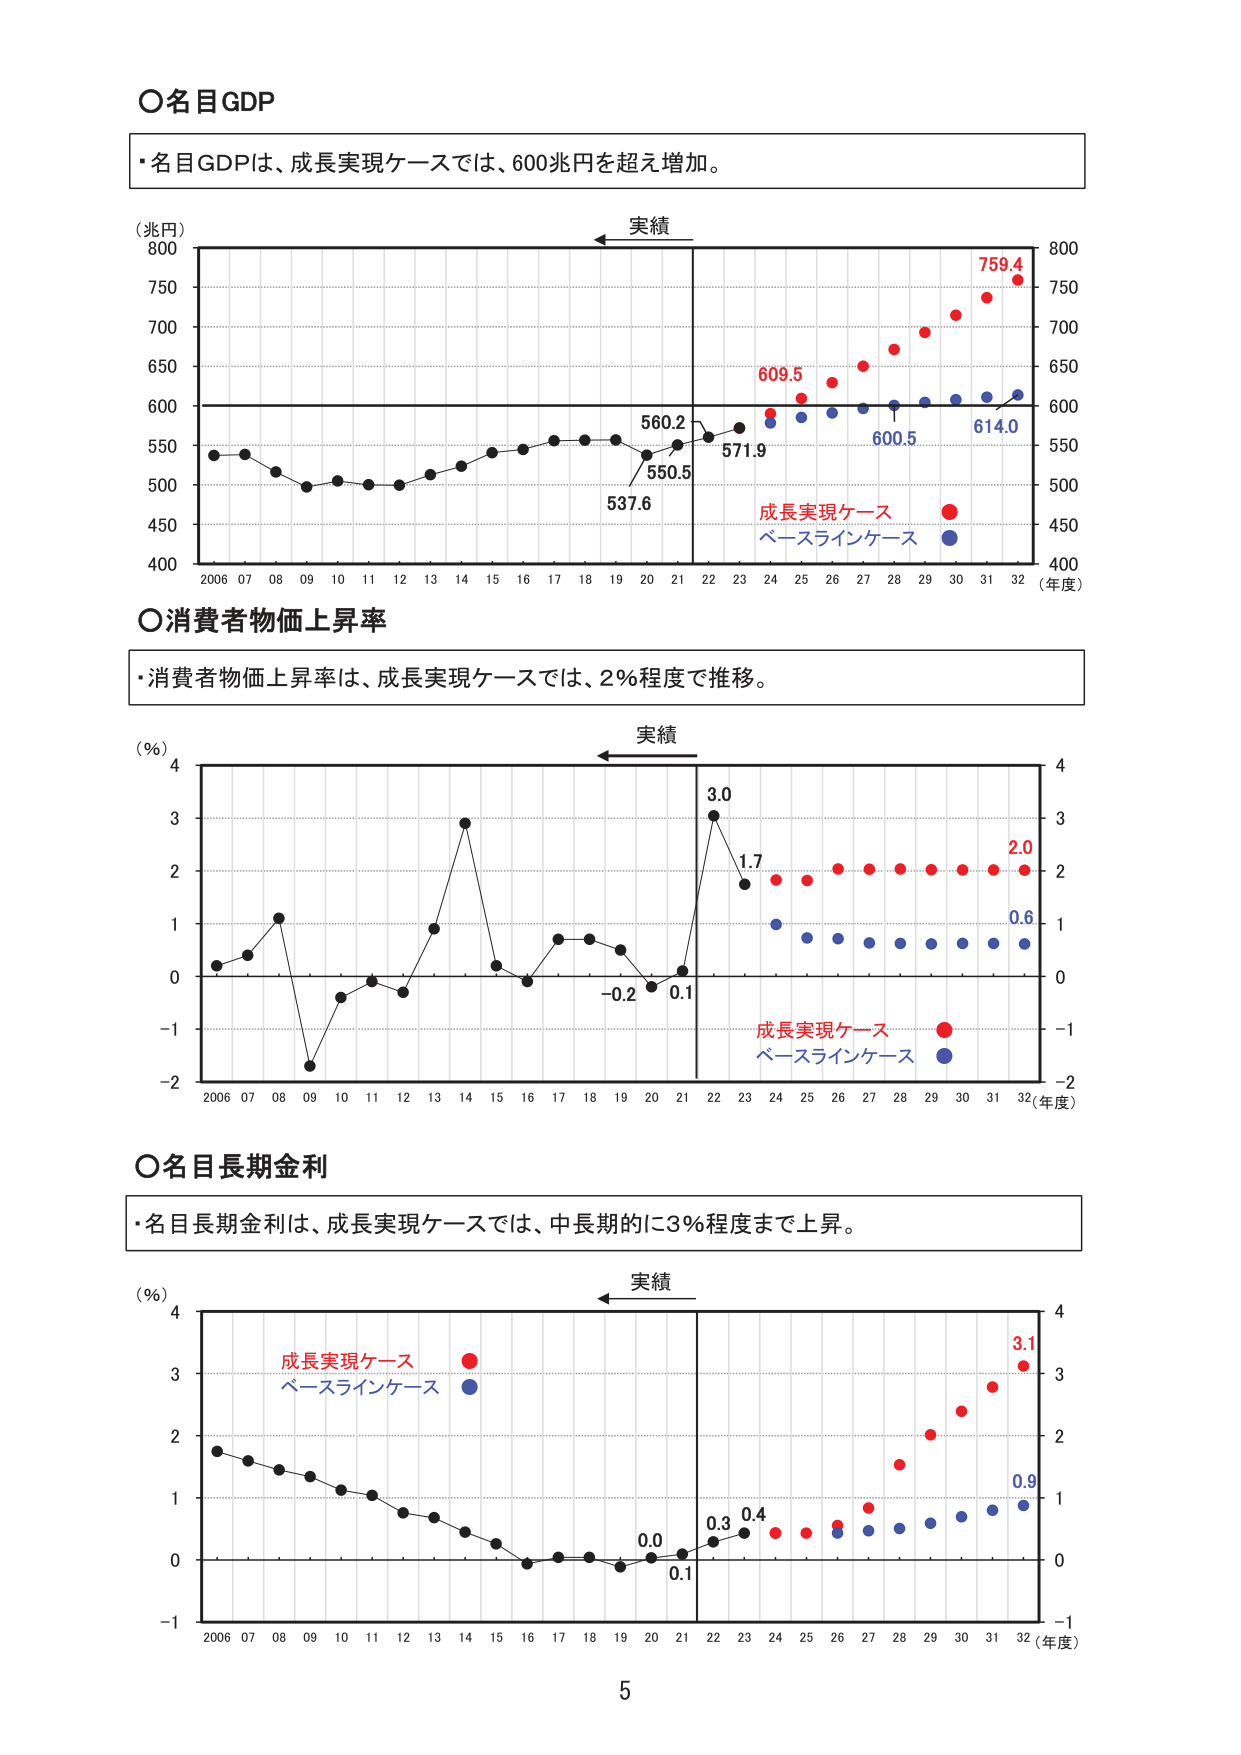
○名目GDP
・名目GDPは、成長実現ケースでは、600兆円を超え増加。

（兆円）
800
750
700
650
600
550
500
450
400
2006 07 08 09 10 11 12 13 14 15 16 17 18 19 20 21 22 23 24 25 26 27 28 29 30 31 32（年度）
実績
560.2
550.5
537.6
571.9
609.5
600.5
614.0
759.4
成長実現ケース
ベースラインケース

○消費者物価上昇率
・消費者物価上昇率は、成長実現ケースでは、2％程度で推移。

（％）
4
3
2
1
0
-1
-2
2006 07 08 09 10 11 12 13 14 15 16 17 18 19 20 21 22 23 24 25 26 27 28 29 30 31 32（年度）
実績
3.0
1.7
-0.2
0.1
2.0
0.6
成長実現ケース
ベースラインケース

○名目長期金利
・名目長期金利は、成長実現ケースでは、中長期的に3％程度まで上昇。

（％）
4
3
2
1
0
-1
2006 07 08 09 10 11 12 13 14 15 16 17 18 19 20 21 22 23 24 25 26 27 28 29 30 31 32（年度）
実績
0.0
0.1
0.3
0.4
3.1
0.9
成長実現ケース
ベースラインケース

5